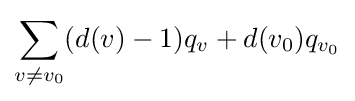
\sum _{v\neq v_{0}}(d(v)-1)q_{v}+d(v_{0})q_{v_{0}}